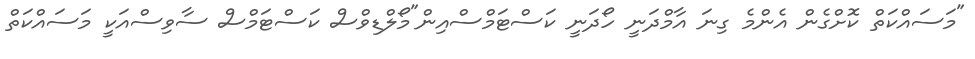
"މަސައްކަތް ކޮށްގެން އެންމެ ގިނަ އާމްދަނީ ހޯދަނީ ކަސްޓަމްސްއިން"މޯލްޑިވްސް ކަސްޓަމްސް ސާވިސްއަކީ މަސައްކަތް